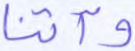
وآتنا